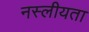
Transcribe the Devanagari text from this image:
नस्लीयता